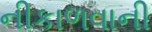
નીકાળવાની